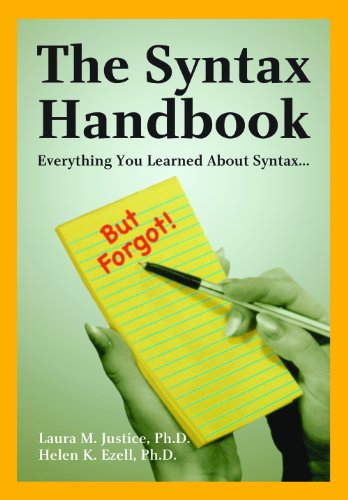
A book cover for The Syntax Handbook: Everything You Learned About Syntax ...(but Forgot); Laura M. Justice; Medical Books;